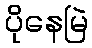
ပိုနေမြဲ